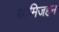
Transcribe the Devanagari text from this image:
थामिजहन